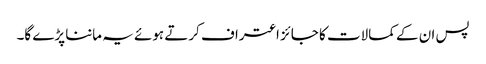
پس ان کے کمالات کا جائز اعتراف کرتے ہوئے یہ ماننا پڑے گا۔